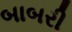
બાબરી